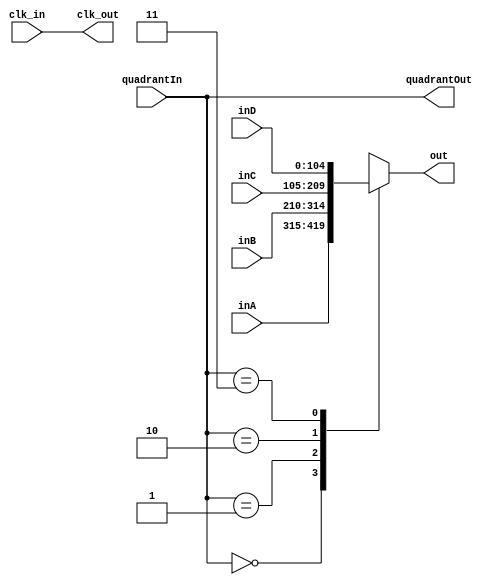
module quadrantEncoder(clk_in,clk_out,out,quadrantOut,inA,inB,inC,inD,quadrantIn);
input clk_in;
output clk_out=clk_in;

input [1:0]quadrantIn;
output [1:0]quadrantOut=quadrantIn;
input [104:0]inA;
input [104:0]inB;
input [104:0]inC;
input [104:0]inD;
output reg [104:0] out;
parameter A=2'd0, B=2'd1, C=2'd2, D=2'd3;
always@(*)begin
	case({quadrantIn})
		A:out=inA;
		B:out=inB;
		C:out=inC;
		D:out=inD;
		endcase
end

endmodule